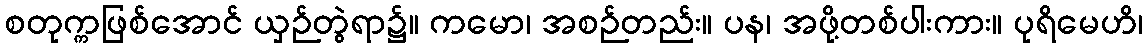
စတုက္ကဖြစ်အောင် ယှဉ်တွဲရာ၌။ ကမော၊ အစဉ်တည်း။ ပန၊ အဖို့တစ်ပါးကား။ ပုရိမေဟိ၊